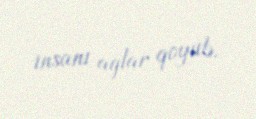
insanı ağlar qoyub.